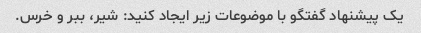
یک پیشنهاد گفتگو با موضوعات زیر ایجاد کنید: شیر، ببر و خرس.